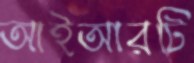
আইআরটি